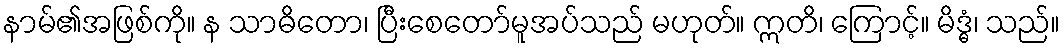
နာမ်၏အဖြစ်ကို။ န သာဓိတော၊ ပြီးစေတော်မူအပ်သည် မဟုတ်။ ဣတိ၊ ကြောင့်။ မိဒ္ဓံ၊ သည်။